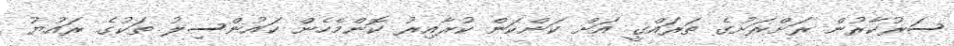
ސަރުކާރުން ރަށްރަށުގެ ތަރައްގީ އަށް ކަންކަން ކުރާއިރު ކޮންމެހެން ކައުންސިލު ތަކުގެ ރައުޔު